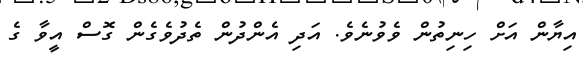
އިޔާން އަށް ހިނިތުން ވެވުނެވެ. އަދި އެންދުން ތެދުވެގެން ގޮސް އީވާ ގެ